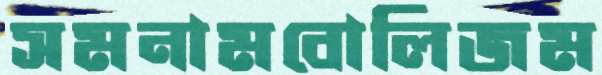
সমনামবোলিজম